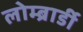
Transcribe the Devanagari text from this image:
लोम्ब्रार्डी